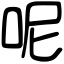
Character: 呢